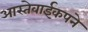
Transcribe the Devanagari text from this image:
आस्तेवाईकपने